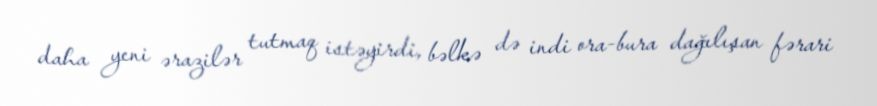
daha yeni ərazilər tutmaq istəyirdi, bəlkə də indi ora-bura dağılışan fərari